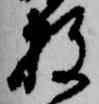
数